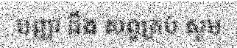
បញ្ញា ដឹង សព្វគ្រប់ សូម